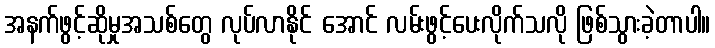
အနက်ဖွင့်ဆိုမှုအသစ်တွေ လုပ်လာနိုင် အောင် လမ်းဖွင့်ပေးလိုက်သလို ဖြစ်သွားခဲ့တာပါ။